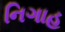
નિગાહ